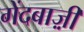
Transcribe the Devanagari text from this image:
गेंदबाज़़ी